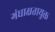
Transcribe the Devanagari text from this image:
गंधाक्षतायुक्त